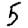
Digit: 5